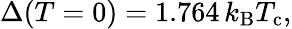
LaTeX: \Delta(T=0)=1.764\, k_{\mathrm{{B}}}T_{\mathrm{{c}}},